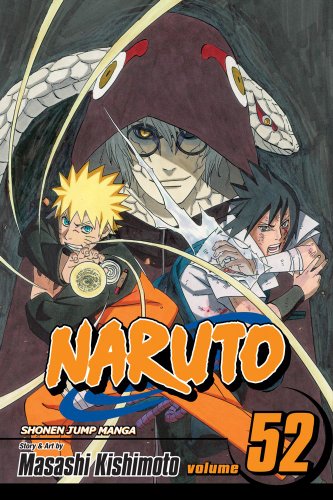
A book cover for Naruto, Vol. 52: Cell Seven Reunion; Masashi Kishimoto; Teen & Young Adult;